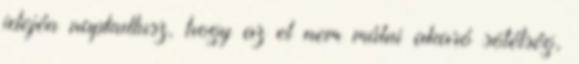
idején napkultusz, hogy az el nem múlni akaró sötétség,